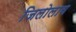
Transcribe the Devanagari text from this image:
जिलोलाव